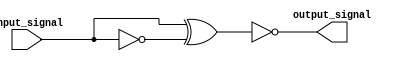
module complex_logic_gate (
    input wire input_signal,
    output wire output_signal
);

wire inv_signal;
wire and_output;
wire or_output;
wire xor_output;

assign inv_signal = ~input_signal;
assign and_output = input_signal & inv_signal;
assign or_output = input_signal | inv_signal;
assign xor_output = input_signal ^ inv_signal;

assign output_signal = and_output | or_output ^ xor_output;

endmodule